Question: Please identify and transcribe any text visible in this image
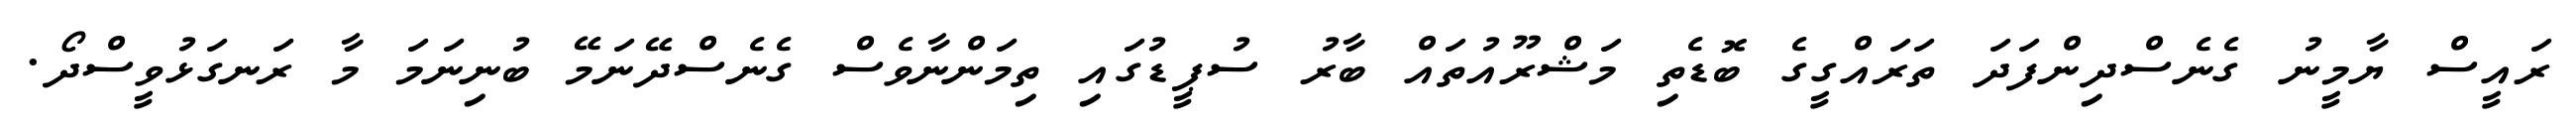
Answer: ރައީސް ޔާމީނު ގެނެސްދިންފަދަ ތަރައްގީގެ ބޮޑެތި މަޝްރޫއުތައް ބާރު ސުޕީޑުގައި ތިމަންނާވެސް ގެނެސްދޭނަމޭ ބުނިނަމަ މާ ރަނގަޅުވީސްދޯ.